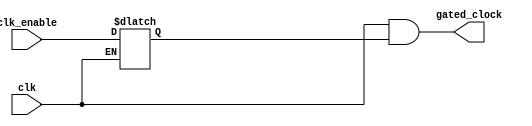
/*
* ----------------------------- Ports' Definition -----------------------------
* ----------------------------- Inputs -----------------------------
* clk:        The source clock to be gated (reference clock).
* clk_enable: Clock gating enable.
* 
* ----------------------------- Outputs -----------------------------
* gated_clk:  The output gated clock (ALU clock).
*/
module clock_gating_cell (
    input clk,
    input clk_enable,

    output gated_clock
);
    reg Q;

    // Active low latch
    always @(clk or clk_enable) begin
        if (~clk) begin
            Q <= clk_enable;
        end
    end

    assign gated_clock = clk & Q;

endmodule